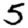
Digit: 5